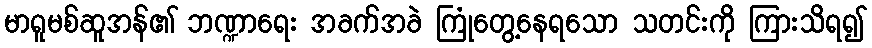
မာရူမစ်ဆူအန်၏ ဘဏ္ဍာရေး အခက်အခဲ ကြုံတွေ့နေရသော သတင်းကို ကြားသိရ၍